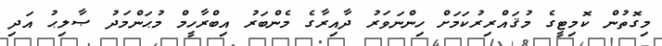
މިގޮތުން ކޮމިޓީގެ މުޤައްރިރުކަމަށް ހިންނަވަރު ދާއިރާގެ މެންބަރު އިބްރާހީމް މުޙަންމަދު ޞާލިޙު އަދި